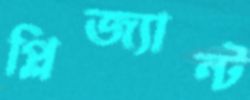
প্লিজ্যান্ট